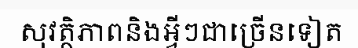
សុវត្ថិភាពនិងអ្វីៗជាច្រើនទៀត